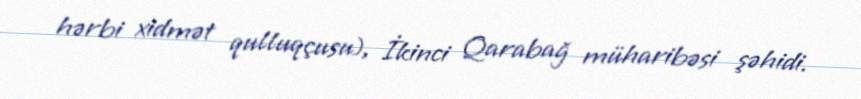
hərbi xidmət qulluqçusu), İkinci Qarabağ müharibəsi şəhidi.